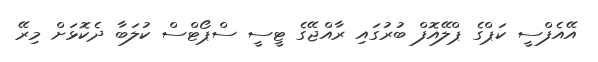
އޭއެފްސީ ކަޕްގެ ޕްލޭއޮފް ބުރުގައި ރާއްޖޭގެ ޓީސީ ސްޕޯޓްސް ކުލަބާ ދެކޮޅަށް މިރޭ